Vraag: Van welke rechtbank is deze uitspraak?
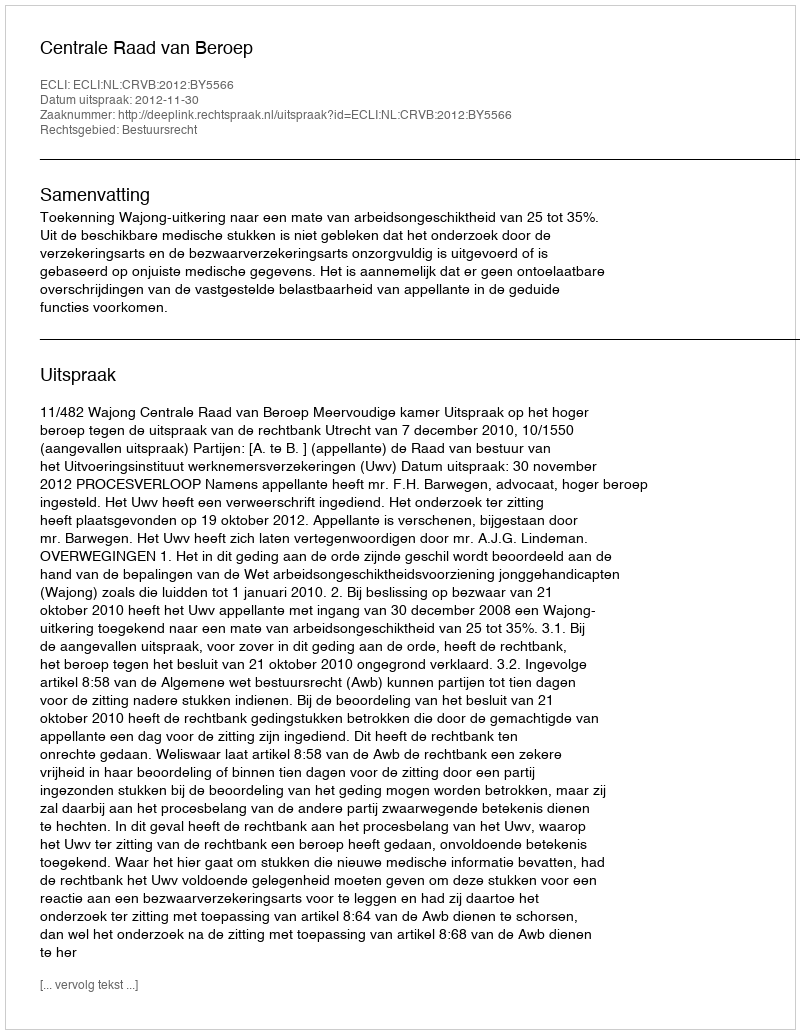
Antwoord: Centrale Raad van Beroep